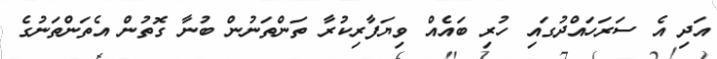
އަދި އެ ސަރަހައްދުގައި ހުރި ބައެއް ވިޔަފާރިކުރާ ތަންތަނުން ބުނާ ގޮތުން އެތަންތަނުގެ